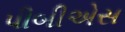
પીબીએસ